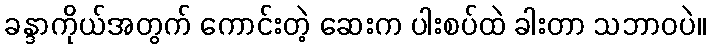
ခန္ဒာကိုယ်အတွက် ကောင်းတဲ့ ဆေးက ပါးစပ်ထဲ ခါးတာ သဘာဝပဲ။